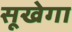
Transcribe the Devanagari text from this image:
सूखेगा